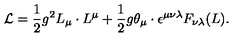
{ \cal L } = \frac { 1 } { 2 } g ^ { 2 } L _ { \mu } \cdot L ^ { \mu } + \frac { 1 } { 2 } g \theta _ { \mu } \cdot \epsilon ^ { \mu \nu \lambda } F _ { \nu \lambda } ( L ) .